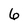
Character: 6